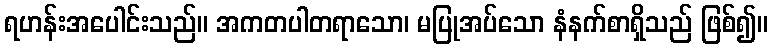
ရဟန်းအပေါင်းသည်။ အကတပါတရာသော၊ မပြုအပ်သော နံနက်စာရှိသည် ဖြစ်၍။